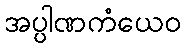
အပ္ပါဏကံယေဝ